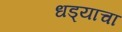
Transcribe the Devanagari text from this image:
धड्याचा